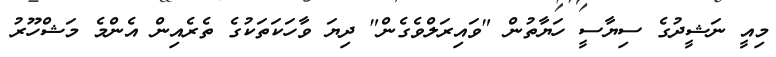
މިއީ ނަޝީދުގެ ސިޔާސީ ހަޔާތުން "ވައިރަލްވެގެން" ދިޔަ ވާހަކަތަކުގެ ތެރެއިން އެންމެ މަޝްހޫރު